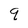
Character: q